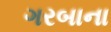
ગરબાના